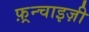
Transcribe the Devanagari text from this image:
फ़्रन्चाइज़ी